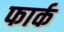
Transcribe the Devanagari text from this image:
फार्क